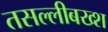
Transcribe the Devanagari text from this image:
तसल्लीबख्श